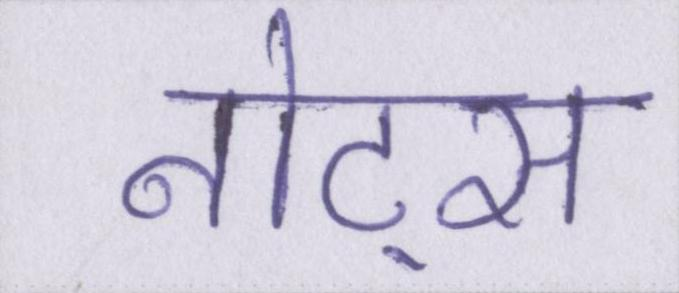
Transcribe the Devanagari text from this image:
नोट्स